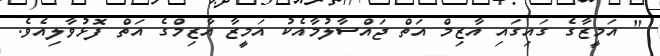
" އަމީޒާގެ ގައިގައި އާޒިމް އަތް ޖައްސާލުމާއެކު އަމީޒާ އާޒިމްގެ އަތް ފޮޅުވާލިއެވެ.